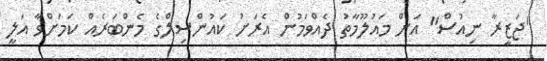
"ޖަޒީރާ ނިއުސް" އަށް މައުލޫމާތު ދެއްވަމުން އެރަށު ކައުންސިލްގެ މެންބަރެއް ކަމަށްވާ އަލީ